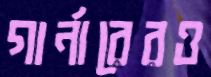
গার্নারেরও